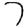
Digit: 7